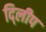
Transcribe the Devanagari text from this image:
दि्लीप